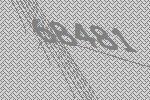
68481